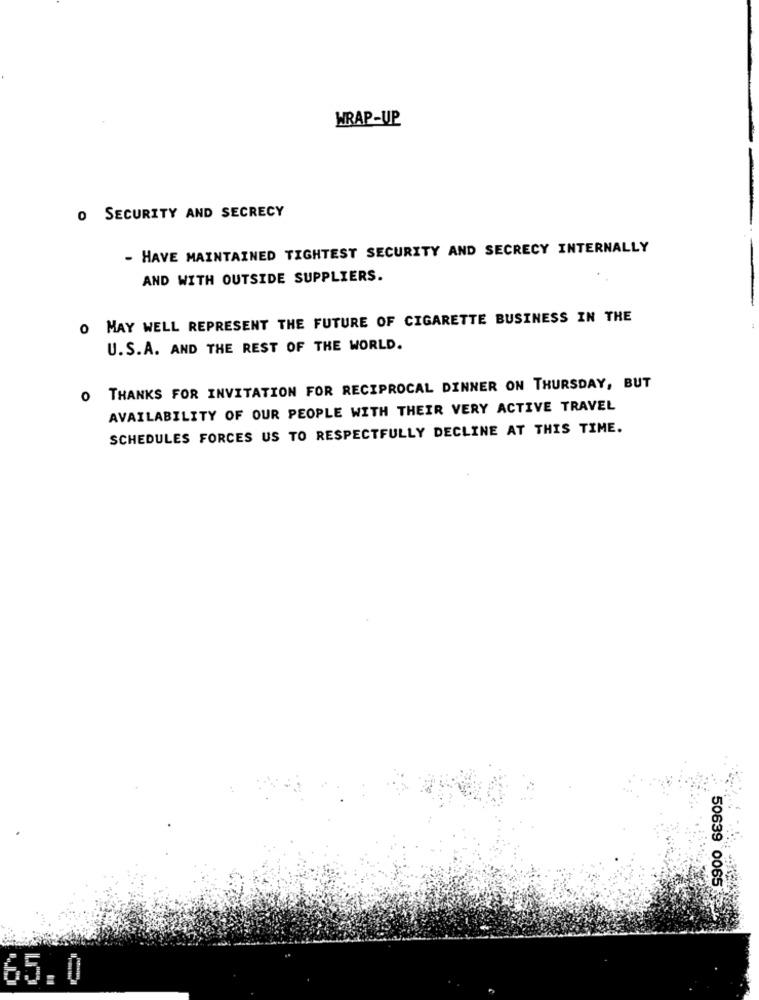
WRAP-UP
O SECURITY AND SECRECY
- HAVE MAINTAINED TIGHTEST SECURITY AND SECRECY INTERNALLY
AND WITH OUTSIDE SUPPLIERS.
O MAY WELL REPRESENT THE FUTURE OF CIGARETTE BUSINESS IN THE
U.S.A. AND THE REST OF THE WORLD.
0 THANKS FOR INVITATION FOR RECIPROCAL DINNER ON THURSDAY, BUT
AVAILABILITY OF OUR PEOPLE WITH THEIR VERY ACTIVE TRAVEL
SCHEDULES FORCES US TO RESPECTFULLY DECLINE AT THIS TIME.
50639 0065
65.0